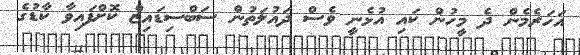
އަހަރެމެން ދެ މީހުން ކައި އުޅެނީ ވެސް ދައުލަތުން ސަބްސިޑައިޒް ކޮށްފައިވާ ކާޑުގެ